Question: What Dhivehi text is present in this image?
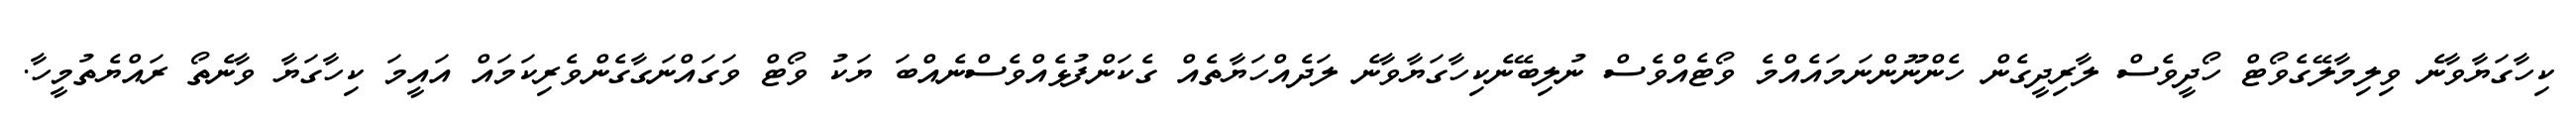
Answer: ކިހާގަޔާވާނެ ވިލިމާލޭގެވޯޓް ހޯދީވެސް ލާރިދީގެން ހެންނޫންނަމައެއްމެ ވޯޓެއްވެސް ނުލިބޭނެކިހާގަޔާވާނެ ލަދެއްހަޔާތެއް ގެކަންފުޅެއްވެސްނެއްބަ ޔަކު ވޯޓް ވަގައްނަގާގެންވެރިކަމައް އައީމަ ކިހާގަޔާ ވާނެތޯ ރައްޔެތުމީހާ.